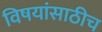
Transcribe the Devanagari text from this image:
विषयांसाठीच